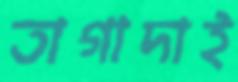
তাগাদাই